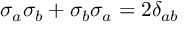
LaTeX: \sigma _ { a } \sigma _ { b } + \sigma _ { b } \sigma _ { a } = 2 \delta _ { a b }